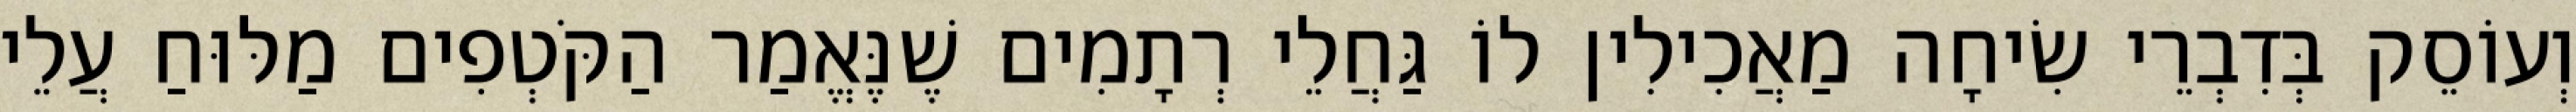
וְעוֹסֵק בְּדִבְרֵי שִׂיחָה מַאֲכִילִין לוֹ גַּחֲלֵי רְתָמִים שֶׁנֶּאֱמַר הַקֹּטְפִים מַלּוּחַ עֲלֵי